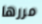
مررها